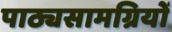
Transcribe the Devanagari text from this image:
पाठ्यसामग्रियों